Vaccination in Bombay 1856-1862 - 1856-1862
Year: 1856
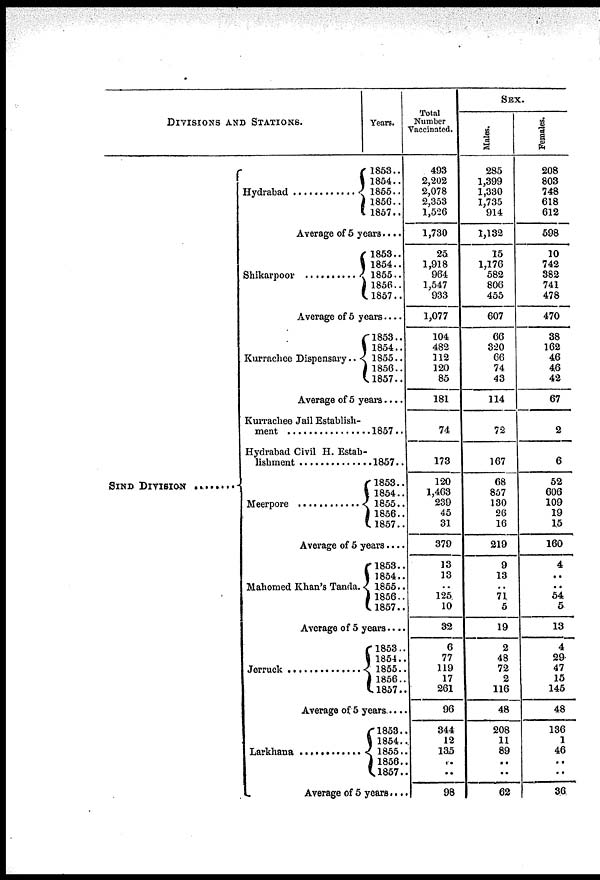
DIVISIONS AND STATIONS.
SIND DIVISION........
Hydrabad ............
Years.
1853..
1854..
1855..
1856..
1857..
Average of 5 years....
Shikarpoor ..........
1853..
1854..
1855..
1856..
1857..
Average of 5 years....
Kurrachee Dispensary..
1853..
1854..
1855..
1856..
1857..
Average of 5 years....
Kurrachee Jail Establish-
ment ...............
Hydrabad Civil H. Estab-
lishment ..........
Meerpore ...........
1857..
1857..
1853..
1854..
1855..
1856..
1857..
Average of 5 years....
Mahomed Khan's Tanda.
1853..
1854..
1855..
1856..
1857..
Average of 5 years.....
Jerruck ..............
1853..
1854..
1855..
1856..
1857..
Average of 5 years....
Larkhana ..........
1853..
1854..
1855..
1856.
1857.
Average of 5 years....
Total
Number
Vaccinated.
493
2,202
2,078
2,353
1,526
1,730
25
1,918
964
1,547
933
1,077
104
482
112
120
85
181
74
173
120
1,463
239
45
31
379
13
13
..
125
10
32
6
77
119
17
261
96
344
12
135
..
..
98
SEX.
Males.
285
1,399
1,330
1,735
914
1,132
15
1,176
582
806
455
607
66
320
66
74
43
114
72
167
68
857
130
26
16
219
9
13
..
71
5
19
2
48
72
2
116
48
208
11
89
..
..
62
Females.
208
803
748
618
612
598
10
742
382
741
478
470
38
162
46
46
42
67
2
6
52
606
109
19
15
160
4
..
..
54
5
13
4
29
47
15
145
48
136
1
46
..
..
36